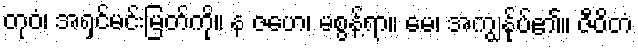
တုဝံ၊ အရှင်မင်းမြတ်ကို။ န ဇဟေ၊ မစွန့်ရာ။ မေ၊ အကျွန်ုပ်၏။ ဇီဝိတံ